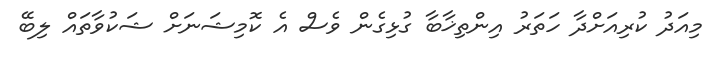
މިއަދު ކުރިއަށްދާ ހަތަރު އިންތިޚާބާ ގުޅިގެން ވެސް އެ ކޮމިޝަނަށް ޝަކުވާތައް ލިބޭ